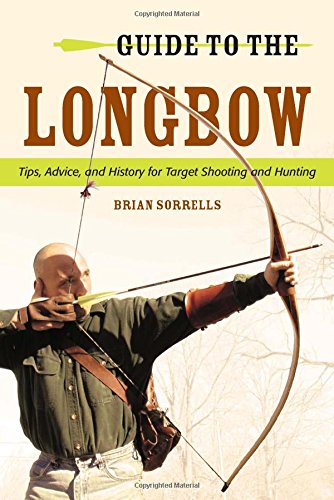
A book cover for Guide to the Longbow: Tips, Advice, and History for Target Shooting and Hunting; Brian J. Sorrells; Sports & Outdoors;